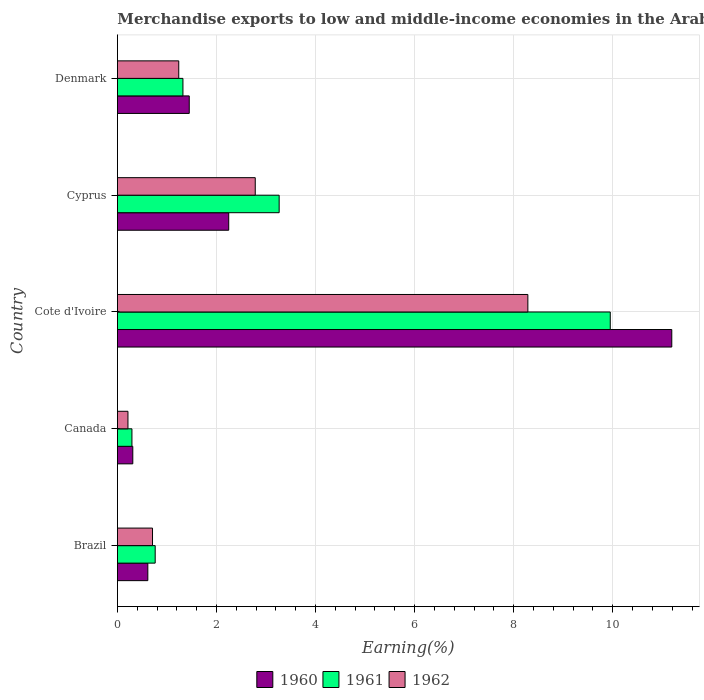
| Country | 1960 | 1961 | 1962 |
 | --- | --- | --- | --- |
 | Brazil | 0.614 | 0.763 | 0.709 |
 | Canada | 0.311 | 0.293 | 0.213 |
 | Cote d'Ivoire | 11.2 | 9.95 | 8.29 |
 | Cyprus | 2.25 | 3.27 | 2.78 |
 | Denmark | 1.45 | 1.32 | 1.24 |